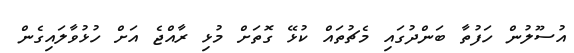
އުސޫލުން ހަފުތާ ބަންދުގައި މެޗުތައް ކުޅޭ ގޮތަށް މުޅި ރާއްޖެ އަށް ހުޅުވާލައިގެން